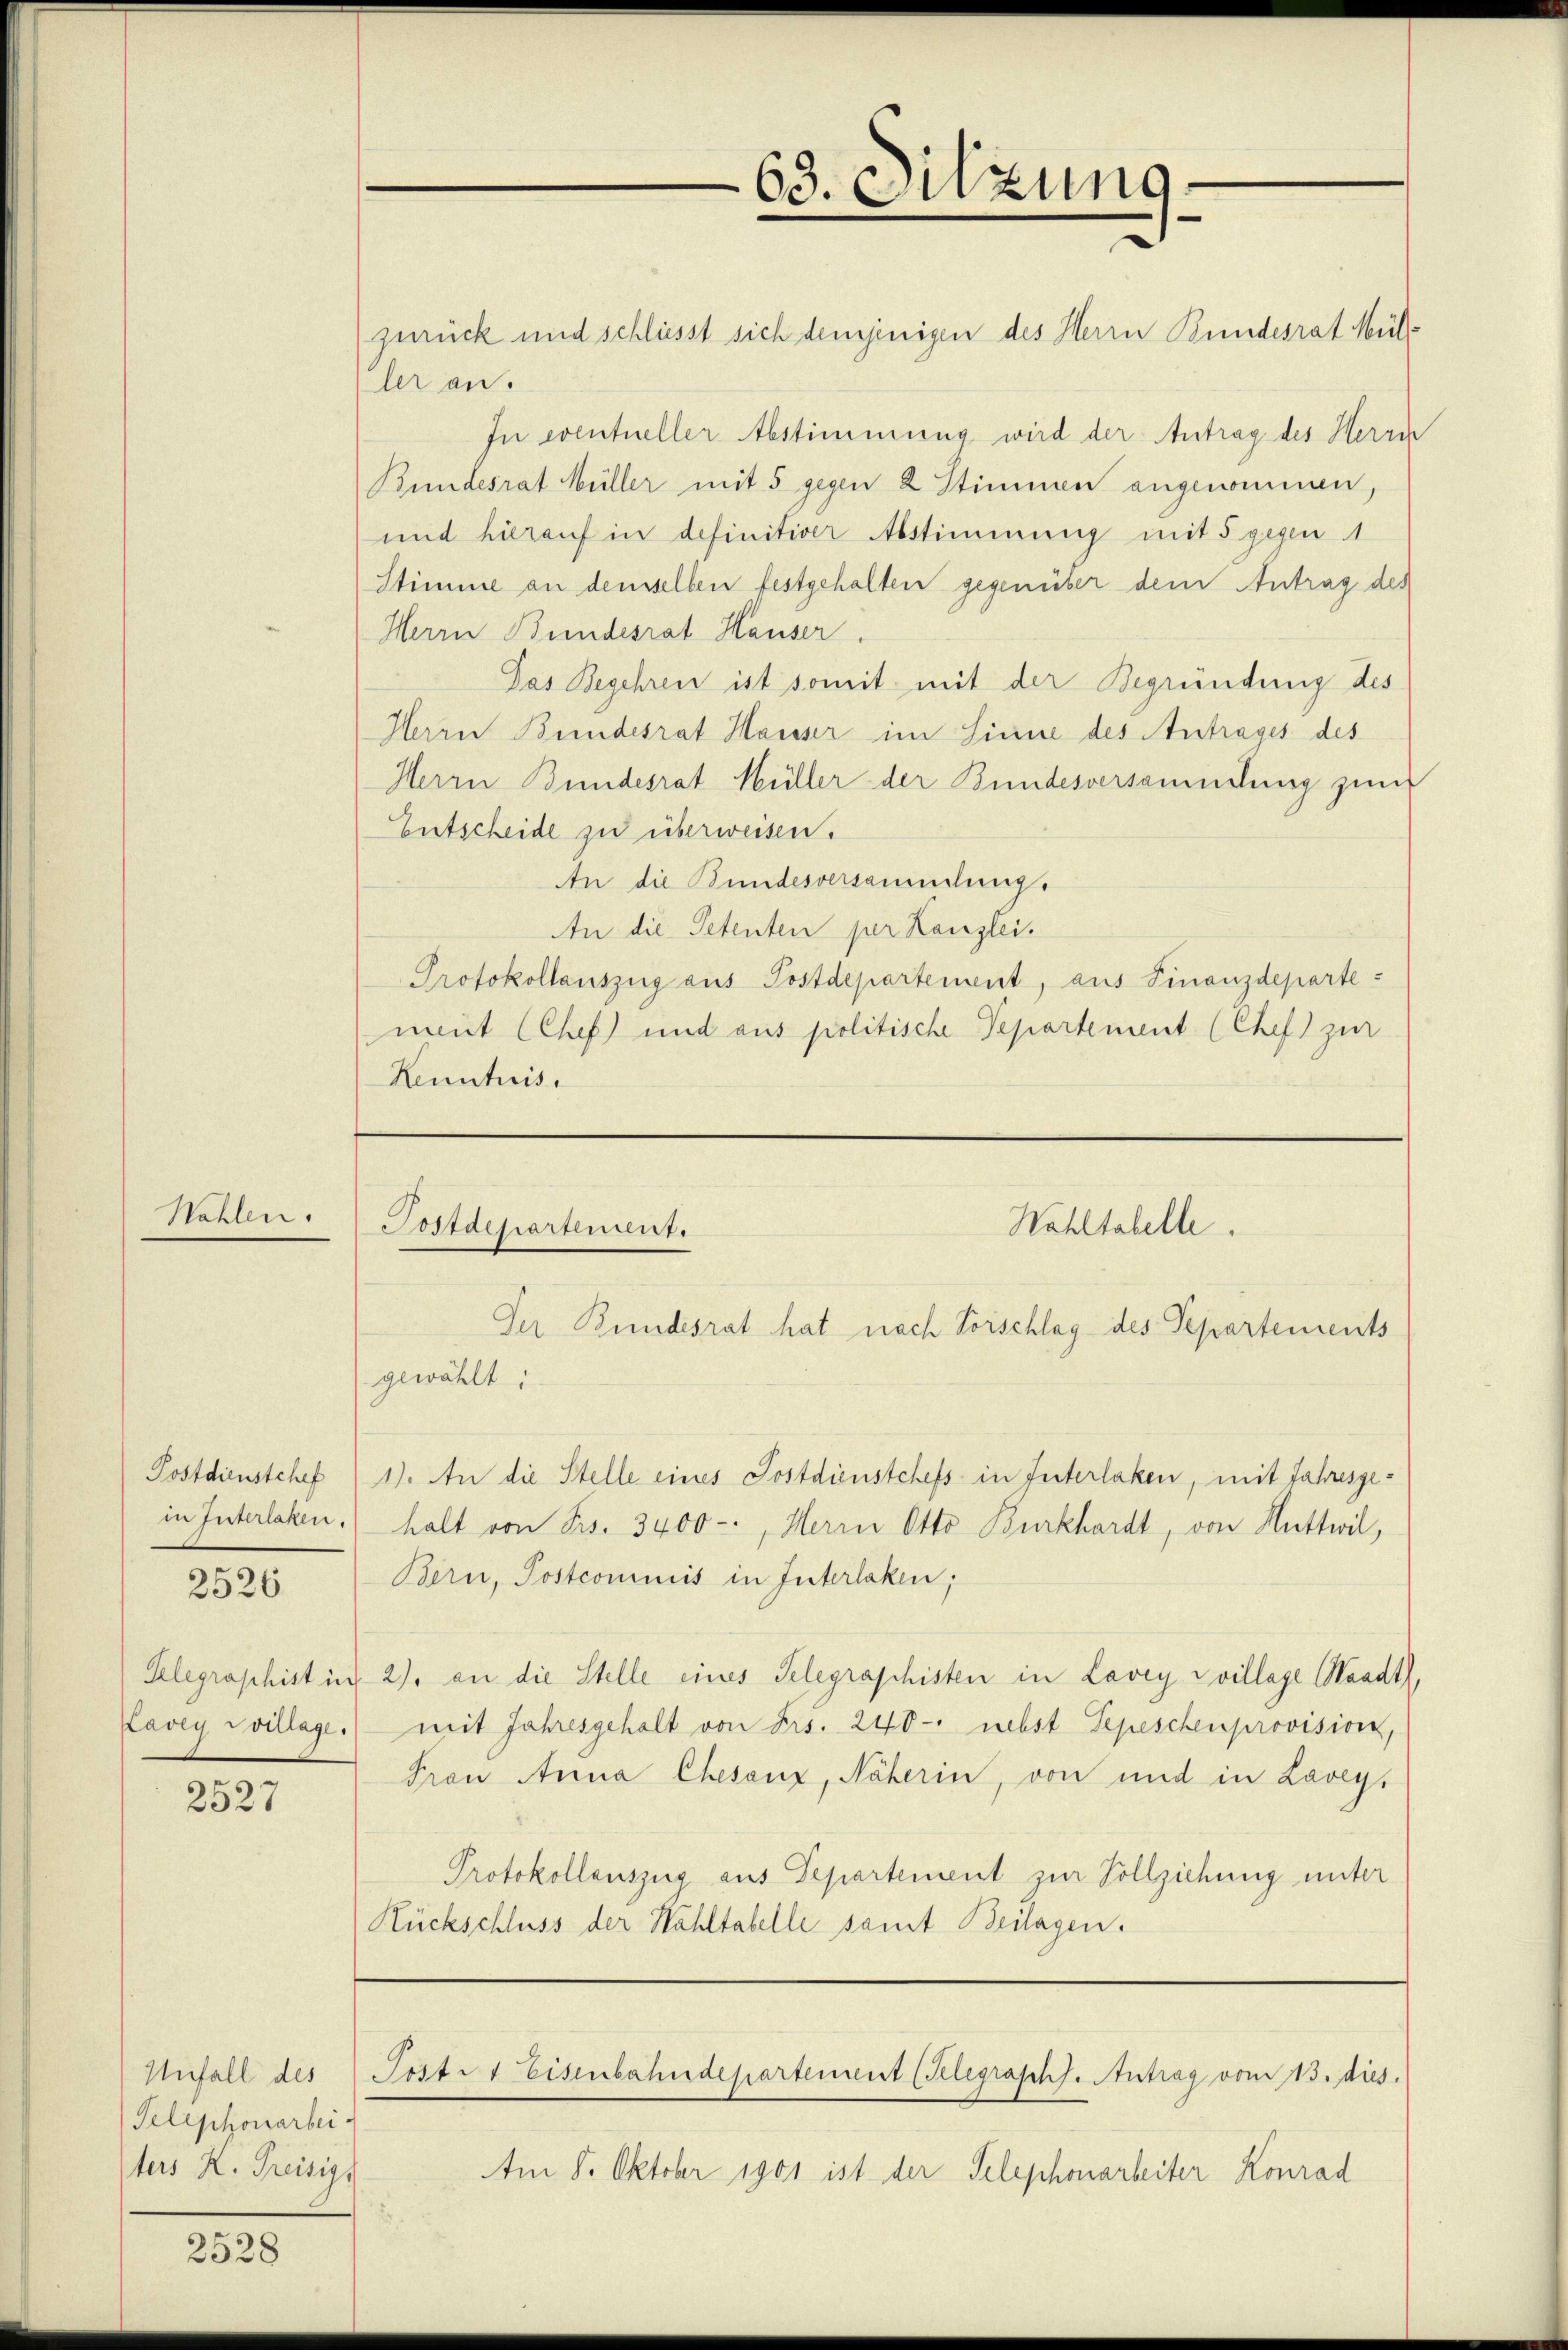
Wahlen

Postdienstchef
in Interlaken.

2526

Lavey Svillage.

2527

Unfall des
Telephonarbei.
ters K. Preisigs

2528

zurück und schliesst sich demjenigen des Herrn Bundesrat Müller an.
In eventueller Abstimmung wird der Antrag des Herrn
Bundesrat Müller mit 5 gegen 2 Stimmen angenommen,
und hierauf in definitiver Abstimmung mit 5 gegen 1
Stimme an demselben festgehalten gegenüber dem Antrag des
Herrn Bundesrat Hauser.
Das Begehren ist somit mit der Begründung des
Herrn Bundesrat Haisser im Sinne des Antrages des
Herrn Bundesrat Müller der Bundesversammlung zum
Entscheide zu überweisen.
An die Bundesversammlung.
An die Petenten per Kanzlei.
Protokollauszug aus Postdepartement, aus Finanzdepartenüt CChef) und aus politische Departement (Chef zur
Kenntnis.

63. Sitzung

Wahltabelle.
Postdepartement.
Der Bundesrat hat nach Vorschlag des Departements
gewählt:

1). An die Stelle eines Postdienstchefs in Interlaken, mit Jahresgehalt von Frs. 3400-, Herrn Otto Burkhardt, von Huttwil,
Bern, Postcommis in Interlaken,
Telegraphist in 2), an die Stelle eines Telegraphisten in Lavey village Waadt,
mit Jahresgehalt von Frs. 240 - nebst Sepeschenprovision,
Frau Anna Chesanz, Näherin, von und in Lavey.
Protokollauszug aus Departement zur Vollziehung unter
Rückschluss der Wahltabelle samt Beilagen.

Post 1 Eisenbahndepartement (Kelegraphs. Antrag vom 13. dies

Am 8. Oktober 1901 ist der Telephonarbeiter Konrad